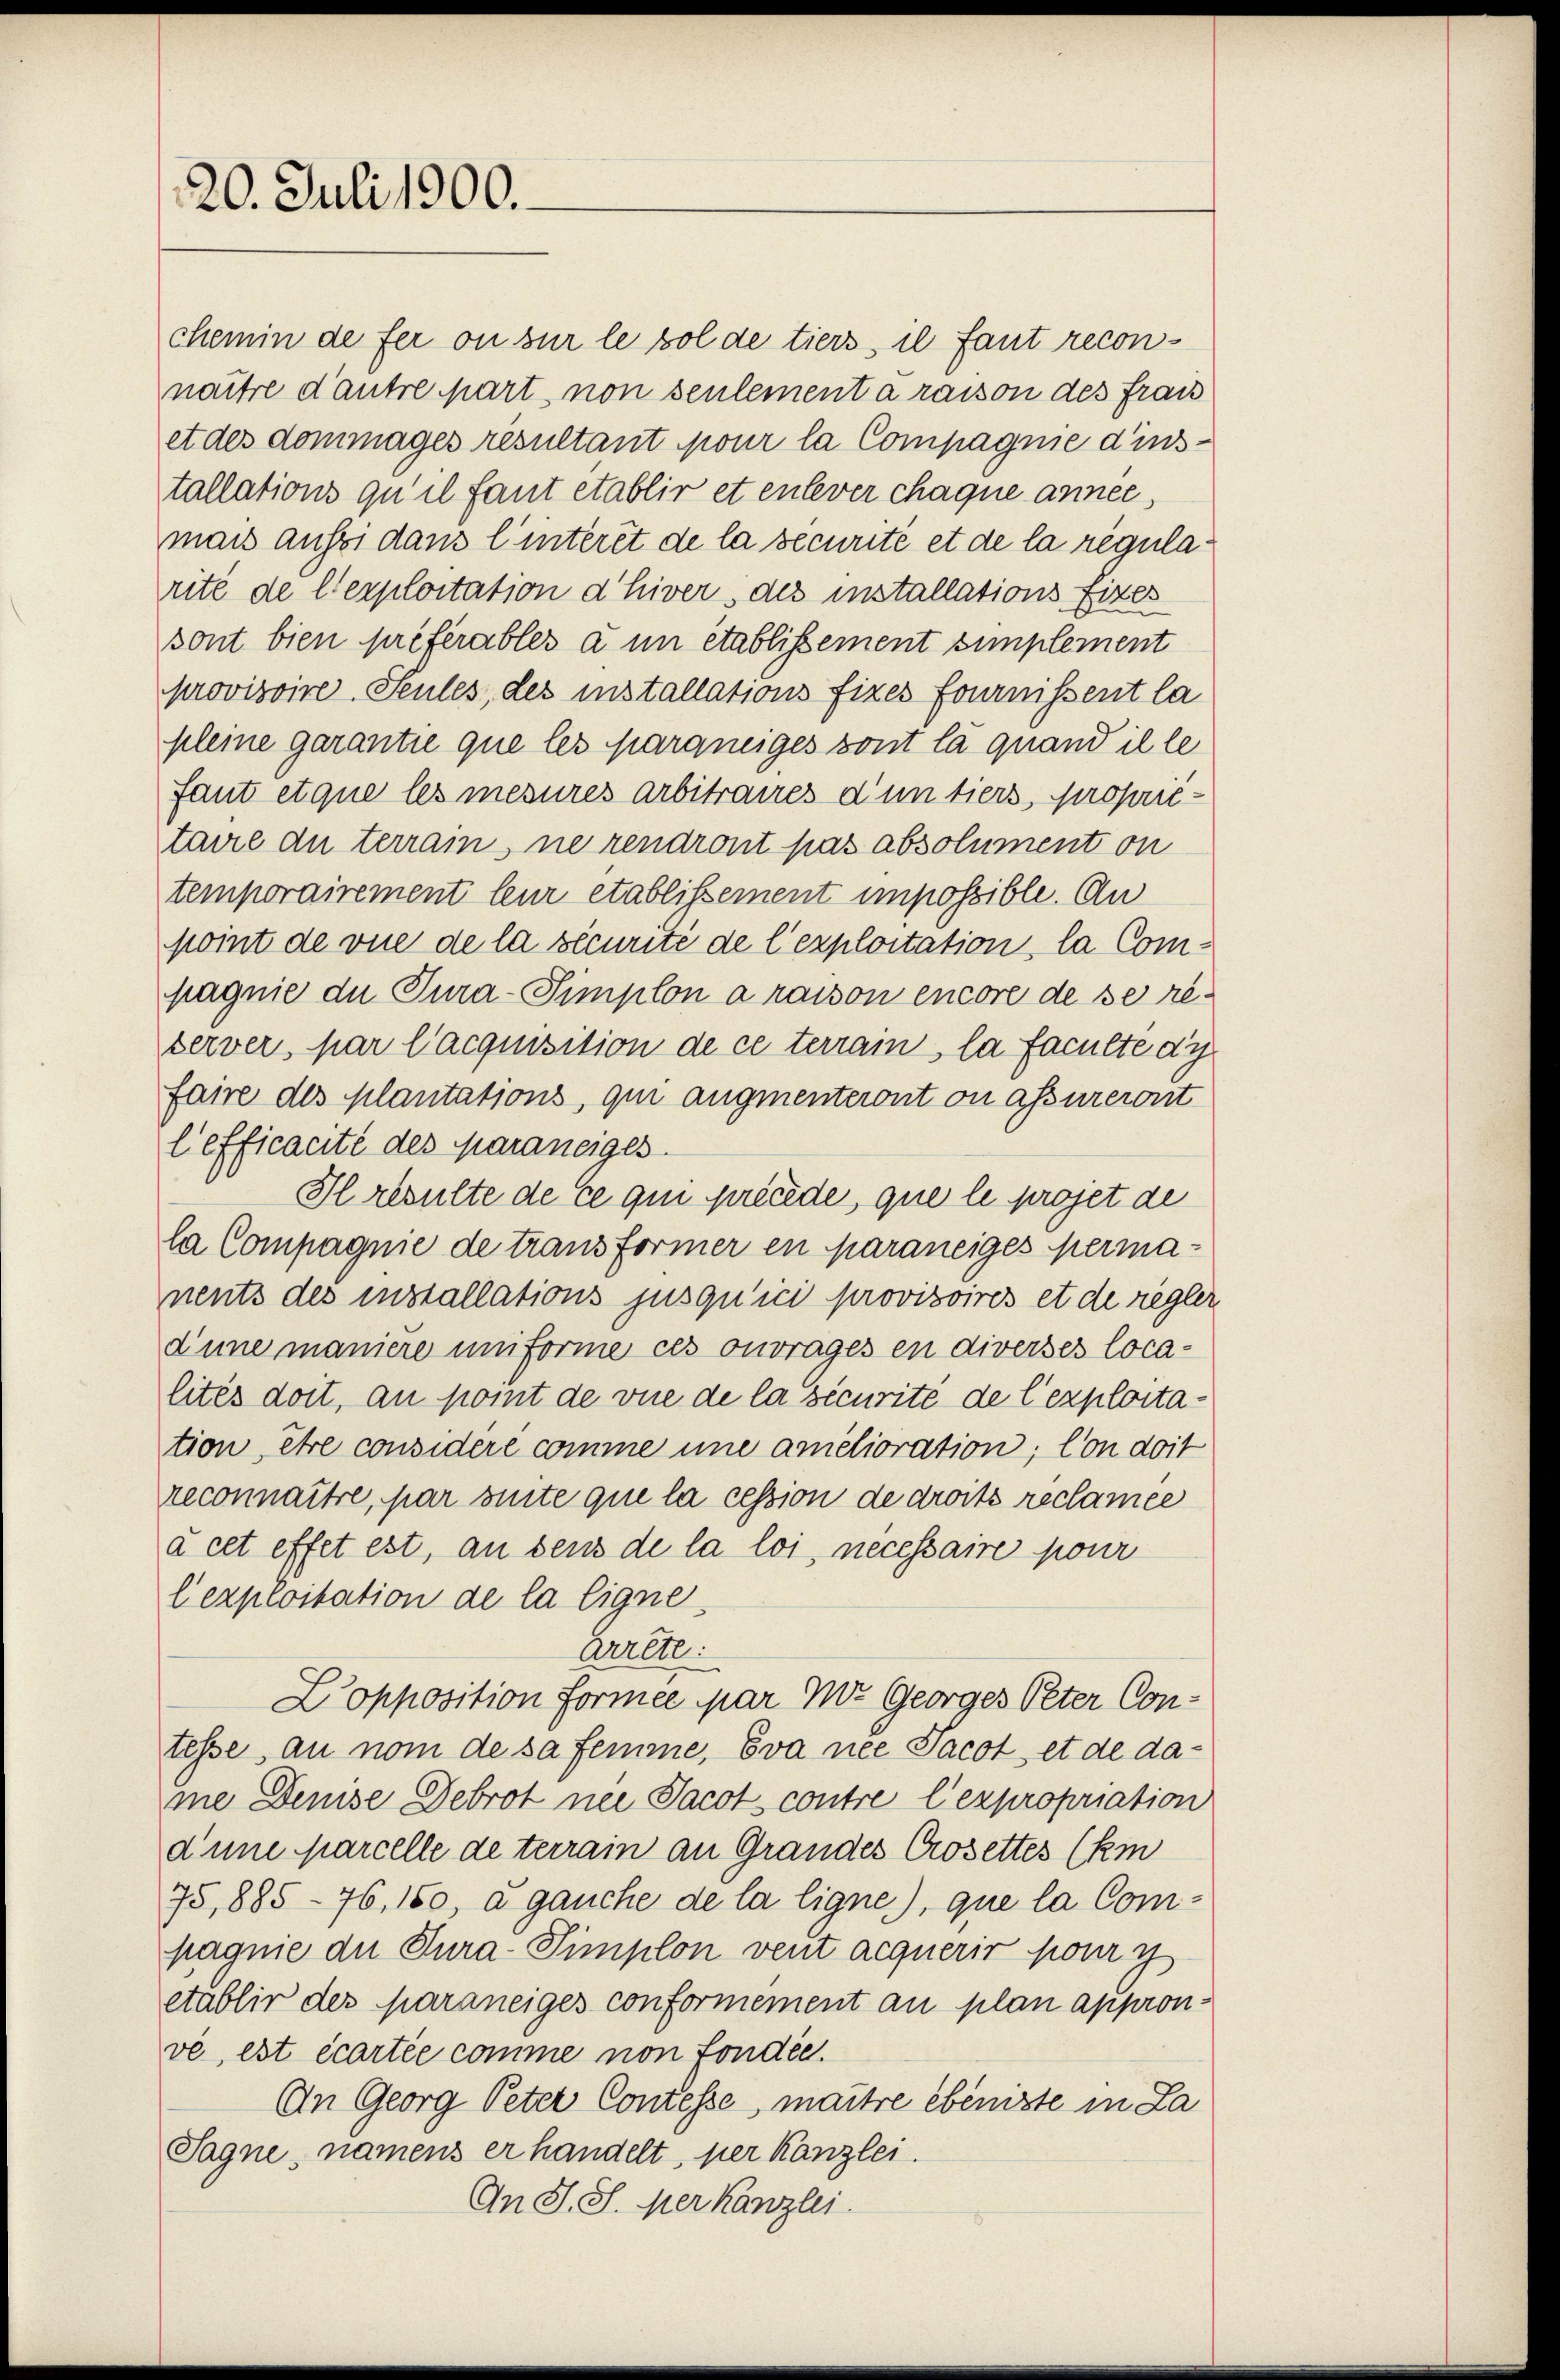
20. Juli 1900.

chemin de fer ou sur le sol de tiers, il faut reconnaitre d’autre part, non seulement à raison des Frau
et des dommages résultant pour la Compagnie d’installations qu’ il faut etablir et enlever chaque anner
mais aussi dans l’interet de la securite et de la regularité de l’exploitation d’hiver, des installations fixes
sont bien préférables à un etablissement simplement
provisoire, Seules, des installations fixes fournissent la
pleine garantie que les paranziges sont la quand ille
fant etque les mesures arbitraires d’un tiers, proprietaire du terrain, ne rendront pas absolument on
temporairement leur etablissement impossible. An
point de vue de la securité de l’exploitation, la Compagnie du Tura-Simplon à raison encore de se re
server, par l’acquisition de ce terrain, la faculte di
faire des plantations, qui augmenteront on assureront
lefficacité des Maraneiges.
Il resulte de ce qui precede, que le projet de
la Compagnie de transformer en paraneiges permanents des installations jusqu’ici provisoires et de regler
dune maniere uniforme ces ouvrages en diverses localités doit, an point de vue de la décurite de l’exploitation, Ehre considere comme une amélioration; lon doit
reconnaître, par suite que la cession de droits reclamee
à cet effet est, an sens de la loi necessaire pour
lexploitation de la ligne
Arrete.
Copposition formée par M. Georges Peter Contesse an nom de sa femme, Eva nee Jacot, et de dame Denise Debrot nei Jacot contre l’expropriation
d’une parcelle de terrain an Grandes Crosettes (ki
75,885-76, 150, a gauche de la ligne), que la Com-
pagnie du Tura-Simplon vent acquérir pour y
etablir des paraneiges conformement au plan appronve, est écartie comme non fondée.
An Georg Peter Concesse, maître ebeniste in La
Sagne, namens er handelt, per Kanzlei.
An S. S. Merkanzlei.